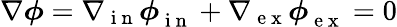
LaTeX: \nabla\boldsymbol\phi=\nabla{}_{\mathrm{~i~n~}}\boldsymbol\phi{}_{\mathrm{~i~n~}}^{}+\nabla{}_{\mathrm{~e~x~}}\boldsymbol\phi{}_{\mathrm{~e~x~}}^{}=0